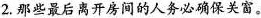
2.那些最后离开房间的人务必确保关窗。